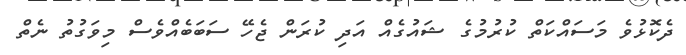
ދެކޮޅުވެ މަސައްކަތް ކުރުމުގެ ޝައުގެެއް އަދި ކުރަން ޖެހޭ ސަބަބެއްވެސް މިވަގުތު ނެތް